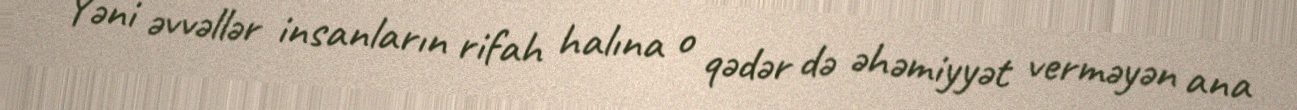
Yəni əvvəllər insanların rifah halına o qədər də əhəmiyyət verməyən ana